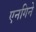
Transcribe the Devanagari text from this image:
एनगिने